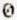
0